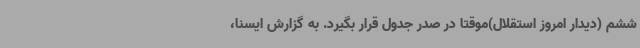
ششم (دیدار امروز استقلال)موقتا در صدر جدول قرار بگیرد. به گزارش ایسنا،